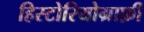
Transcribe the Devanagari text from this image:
हिस्टोरियोग्राफ़ी